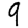
Digit: 9